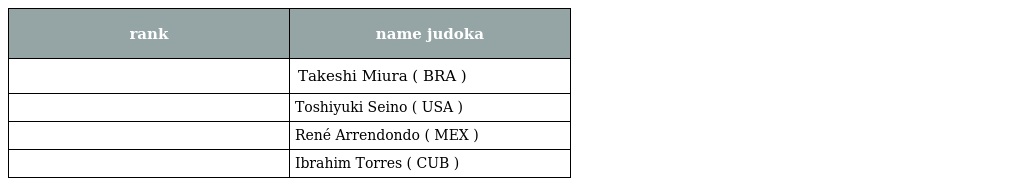
| rank | name judoka |
 | --- | --- |
 |  | Takeshi Miura ( BRA ) |
 |  | Toshiyuki Seino ( USA ) |
 |  | René Arrendondo ( MEX ) |
 |  | Ibrahim Torres ( CUB ) |